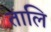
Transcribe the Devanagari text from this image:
तालि